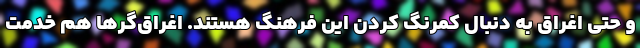
و حتی اغراق به دنبال کمرنگ کردن این فرهنگ هستند. اغراق‌گرها هم خدمت